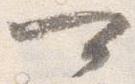
可